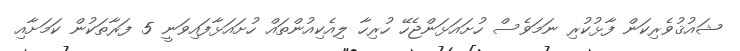
ޝައުޤުވެރިކަން ފާޅުކުރި ނަމަވެސް ހުށައަޅަންޖެހޭ ހުރިހާ ލިއެކިއުންތައް ހުށައަޅާފައިވަނީ 5 ފަރާތަކުން ކަމަށާއި